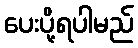
ပေးပို့ရပါမည်